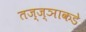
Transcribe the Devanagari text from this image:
तज्‍ज्ञाकडे